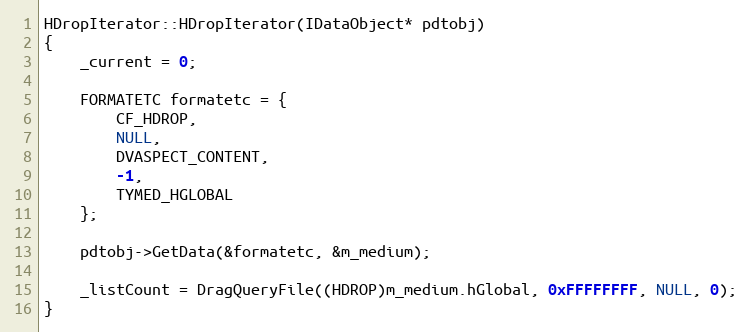
Language: C++
HDropIterator::HDropIterator(IDataObject* pdtobj)
{
    _current = 0;

    FORMATETC formatetc = {
        CF_HDROP,
        NULL,
        DVASPECT_CONTENT,
        -1,
        TYMED_HGLOBAL
    };

    pdtobj->GetData(&formatetc, &m_medium);

    _listCount = DragQueryFile((HDROP)m_medium.hGlobal, 0xFFFFFFFF, NULL, 0);
}